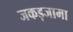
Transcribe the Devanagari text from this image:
जकड़जामा